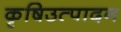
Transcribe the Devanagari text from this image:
कृषिउत्पादन